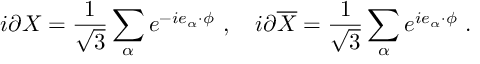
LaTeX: i \partial X = { \frac { 1 } { \sqrt 3 } } \sum _ { \alpha } e ^ { - i e _ { \alpha } \cdot \phi } ~ , ~ ~ ~ i \partial { \overline { { X } } } = { \frac { 1 } { \sqrt 3 } } \sum _ { \alpha } e ^ { i e _ { \alpha } \cdot \phi } ~ .